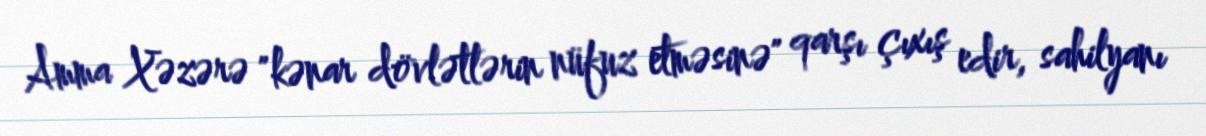
Amma Xəzərə "kənar dövlətlərin nüfuz etməsinə" qarşı çıxış edir, sahilyanı